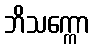
ဘိသက္ကော